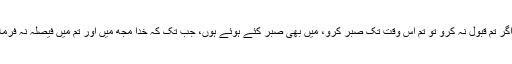
اور اگر تم قبول نہ کرو تو تم اس وقت تک صبر کرو، مَیں بھی صبر کئے ہوئے ہوں، جب تک کہ خدا مجھ میں اور تم میں فیصلہ نہ فرمائے۔